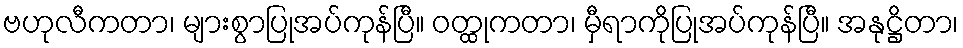
ဗဟုလီကတာ၊ များစွာပြုအပ်ကုန်ပြီ။ ဝတ္ထုကတာ၊ မှီရာကိုပြုအပ်ကုန်ပြီ။ အနုဋ္ဌိတာ၊